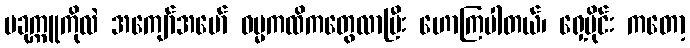
ပခုက္ကူကိုလဲ အကျော်အမော် ဓမ္မကထိကတွေလာပြီး ဟောကြပါတယ်၊ ရှေ့ပိုင်း ကတော့